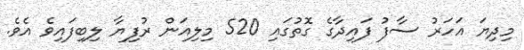
މިދިޔަ އަހަރު ސާފު ފައިދާގެ ގޮތުގައި 520 މިލިއަން ރުފިޔާ ލިބިފައިވެ އެވެ.